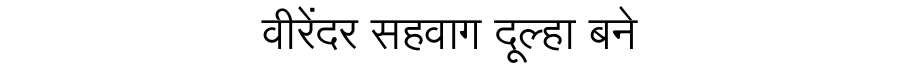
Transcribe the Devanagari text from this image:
वीरेंदर सहवाग दूल्हा बने